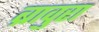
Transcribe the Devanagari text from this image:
ब्रावुरा